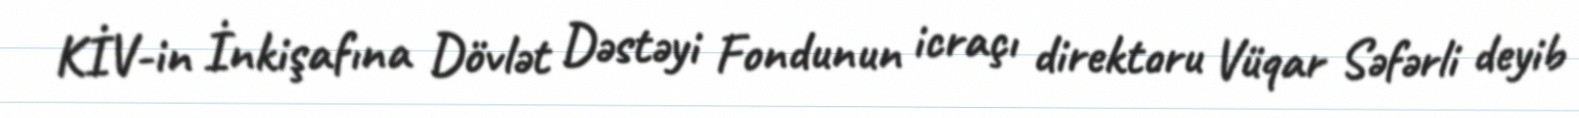
KİV-in İnkişafına Dövlət Dəstəyi Fondunun icraçı direktoru Vüqar Səfərli deyib